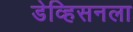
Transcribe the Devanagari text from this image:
डेव्हिसनला